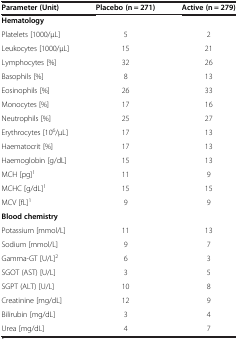
| Parameter (Unit) | Placebo (n = 271) | Active (n = 279) |
 | --- | --- | --- |
 | Hematology | <COLSPAN=2>  |
 | Platelets [1000/μL] | 5 | 2 |
 | Leukocytes [1000/μL] | 15 | 21 |
 | Lymphocytes [%] | 32 | 26 |
 | Basophils [%] | 8 | 13 |
 | Eosinophils [%] | 26 | 33 |
 | Monocytes [%] | 17 | 16 |
 | Neutrophils [%] | 25 | 27 |
 | Erythrocytes [106/μL] | 17 | 13 |
 | Haematocrit [%] | 17 | 13 |
 | Haemoglobin [g/dL] | 15 | 13 |
 | MCH [pg]1 | 11 | 9 |
 | MCHC [g/dL]1 | 15 | 15 |
 | MCV [fL]1 | 9 | 9 |
 | Blood chemistry | <COLSPAN=2>  |
 | Potassium [mmol/L] | 11 | 13 |
 | Sodium [mmol/L] | 9 | 7 |
 | Gamma-GT [U/L]2 | 6 | 3 |
 | SGOT (AST) [U/L] | 3 | 5 |
 | SGPT (ALT) [U/L] | 10 | 8 |
 | Creatinine [mg/dL] | 12 | 9 |
 | Bilirubin [mg/dL] | 3 | 4 |
 | Urea [mg/dL] | 4 | 7 |